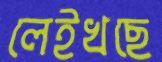
লেইখছে